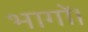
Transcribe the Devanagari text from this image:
भागों।